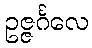
ဥဇ္ဇင်္ဂလေ